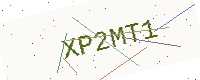
Text: XP2MT1